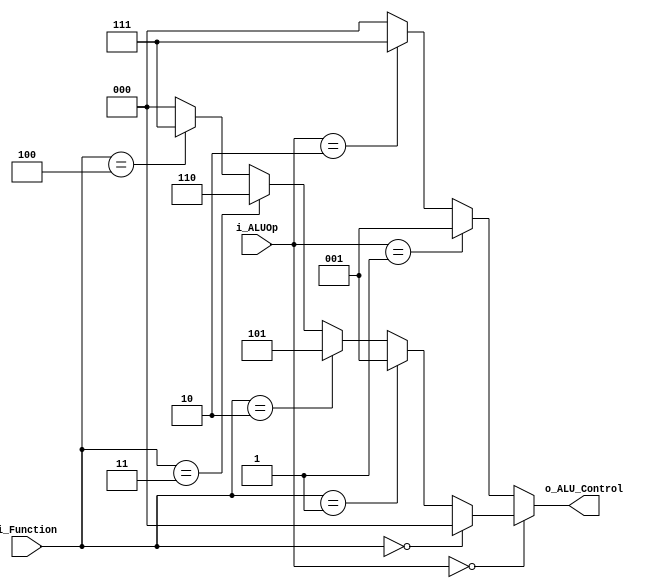
module ALU_control(
    i_ALUOp,
    i_Function,
    o_ALU_Control
    );
    
    input [1:0] i_ALUOp;
    input [3:0] i_Function;
    output [2:0] o_ALU_Control;

    assign o_ALU_Control =  (i_ALUOp == 2'b00) ?    (i_Function == 4'b0000) ? 3'b000 : // R-type(add)
                                                    (i_Function == 4'b0001) ? 3'b001 : // R-type(sub)
                                                    (i_Function == 4'b0010) ? 3'b101 : // R-type(and)
                                                    (i_Function == 4'b0011) ? 3'b110 : // R-type(or)
                                                    (i_Function == 4'b0100) ? 3'b111 : // R-type(slt)
                                                    3'b000 :
                            (i_ALUOp == 2'b01) ? 3'b001 :                              // I-type(beq) 
                            (i_ALUOp == 2'b10) ? 3'b111 :                              // I-type(slti)
                            3'b000;                                                    // I-type(addi, sw, lw)

endmodule